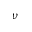
\nu